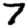
Digit: 7